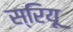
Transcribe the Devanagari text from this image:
स्रियू